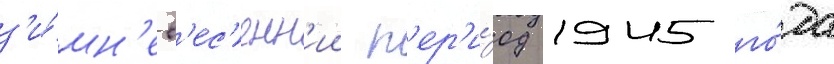
з'и́мн'е-в'ес'енн'ии п'ер'и́од 1945 го́да